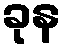
ခုန